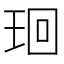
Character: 㻁